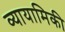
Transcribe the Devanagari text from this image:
व्यायामिकी